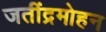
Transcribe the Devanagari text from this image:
जतींद्रमोहन